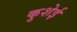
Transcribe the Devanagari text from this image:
कुशेई